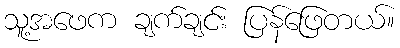
သူ့အဖေက ချက်ချင်း ပြန်ဖြေတယ်။